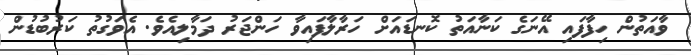
ވާއަތުން ހިފާފައި އޭނަގެ ކަނާއަތު ކޮނޑައަށް ހަރާލާފައިވާ ހަންޖަރު ދަމާލިއެވެ. އެވަގުތު ކަރުބުޑުން